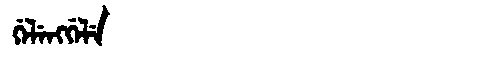
Manchu: ᡤᡝᠯᡝᠩᡤᡝᠯᡝ
Romanization: GELENGGELE